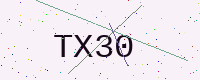
Text: TX30